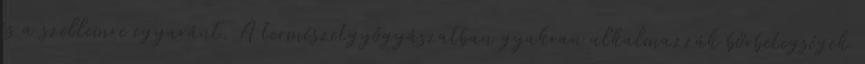
és a szellemre egyaránt. A természetgyógyászatban gyakran alkalmazzák bőrbetegségek